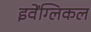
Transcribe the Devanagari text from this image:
इवेंग्लिकल